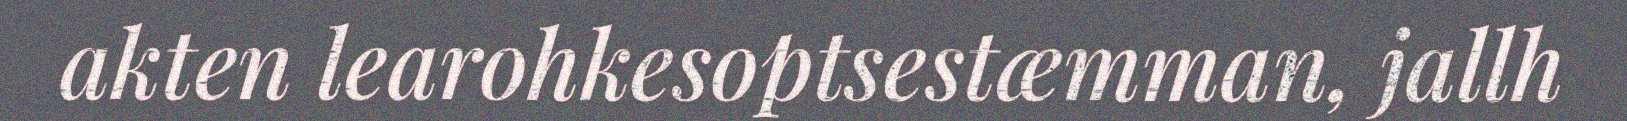
akten learohkesoptsestæmman, jallh